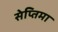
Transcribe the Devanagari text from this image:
सेप्तिमा